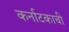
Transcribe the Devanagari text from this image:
कर्नाटकाची